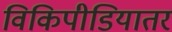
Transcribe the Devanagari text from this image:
विकिपीडियातर